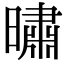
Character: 㬘